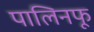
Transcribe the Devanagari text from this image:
पालिनफू